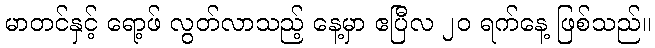
မာတင်နှင့် ရော့ဖ် လွတ်လာသည့် နေ့မှာ ဧပြီလ ၂၀ ရက်နေ့ ဖြစ်သည်။